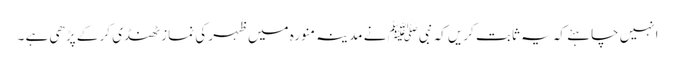
انہیں چاہئے کہ یہ ثابت کریں کہ نبیﷺ نے مدینہ منورہ میں ظہر کی نماز ٹھنڈی کر کے پڑھی ہے ۔